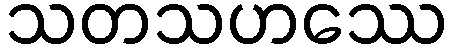
သတသဟဿေ